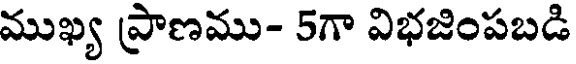
ముఖ్య ప్రాణము- 5గా విభజింపబడి